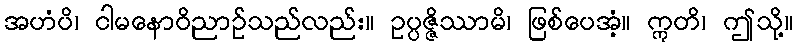
အဟံပိ၊ ငါမနောဝိညာဉ်သည်လည်း။ ဥပ္ပဇ္ဇိဿာမိ၊ ဖြစ်ပေအံ့။ ဣတိ၊ ဤသို့။